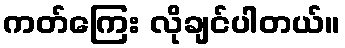
ကတ်ကြေး လိုချင်ပါတယ်။